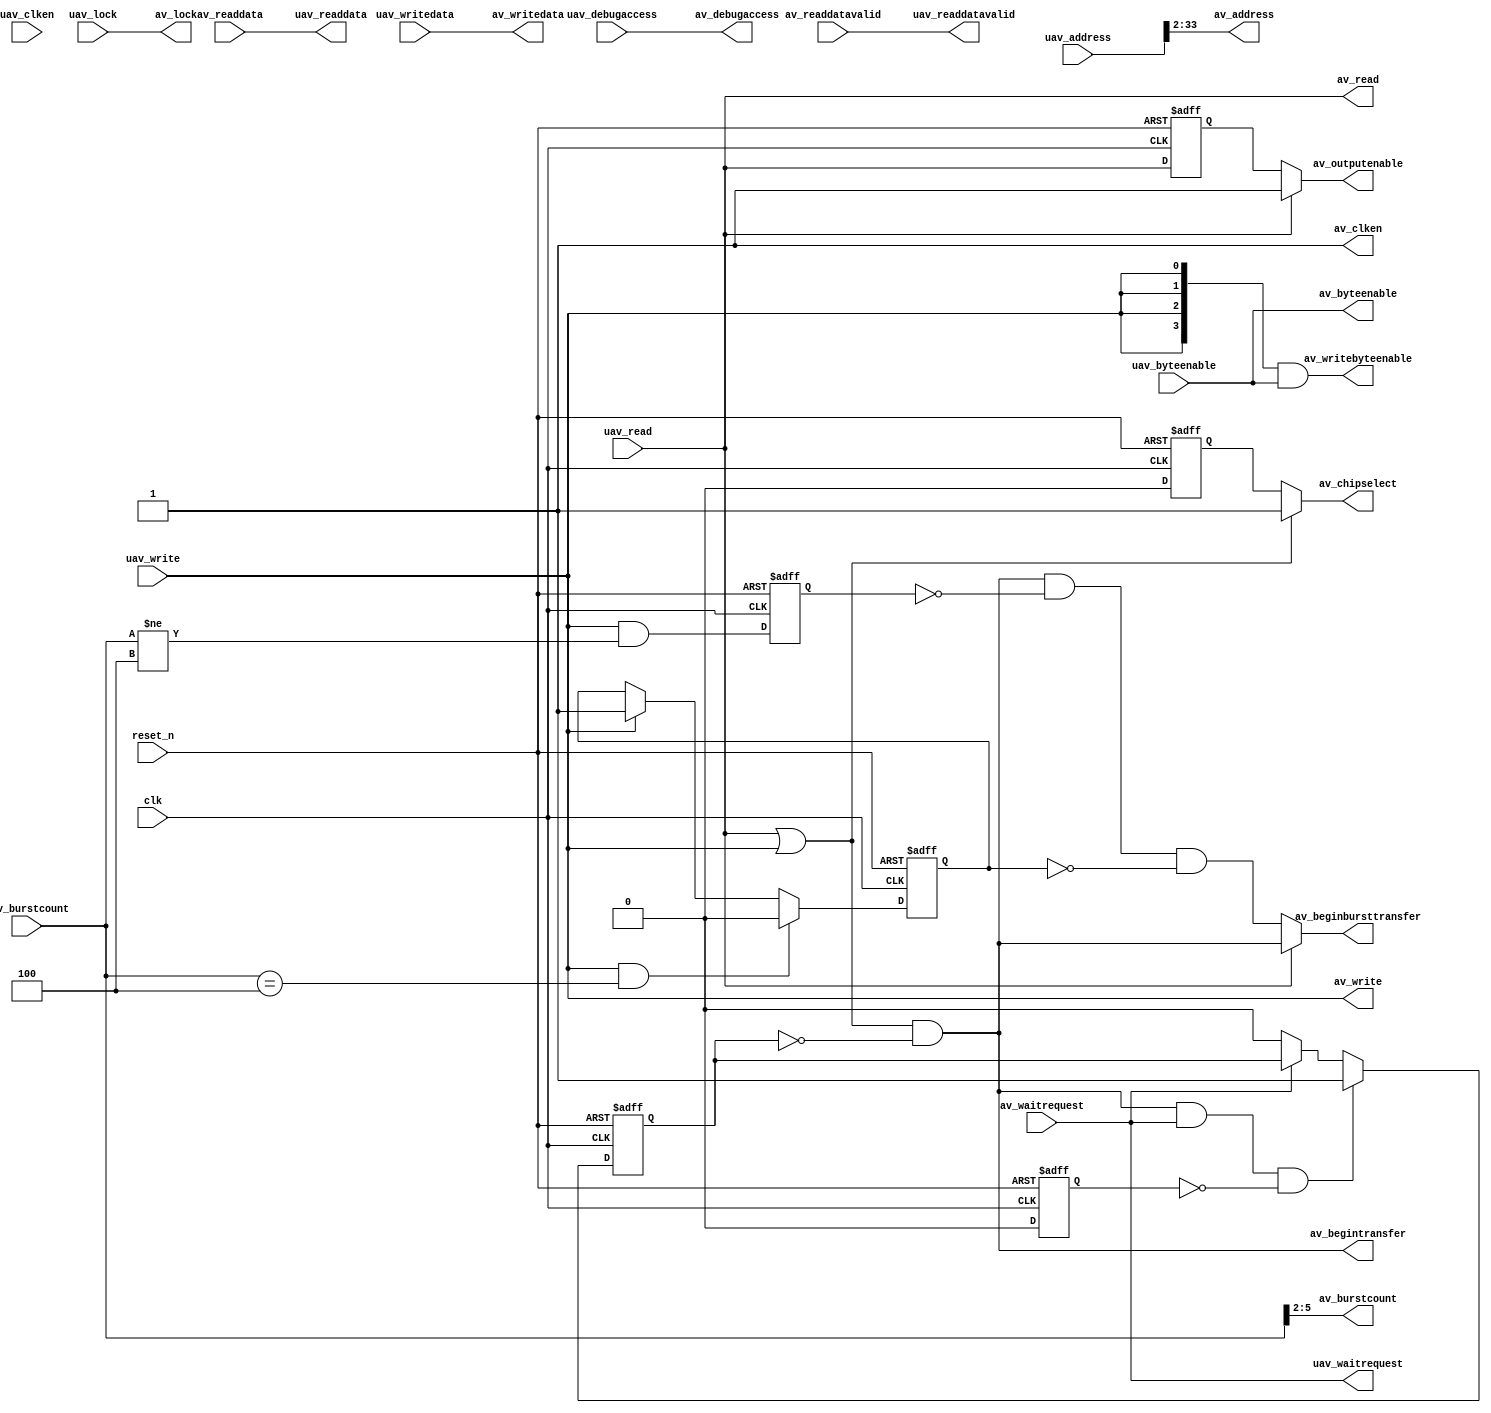
// (C) 2001-2018 Intel Corporation. All rights reserved.
// Your use of Intel Corporation's design tools, logic functions and other 
// software and tools, and its AMPP partner logic functions, and any output 
// files from any of the foregoing (including device programming or simulation 
// files), and any associated documentation or information are expressly subject 
// to the terms and conditions of the Intel Program License Subscription 
// Agreement, Intel FPGA IP License Agreement, or other applicable 
// license agreement, including, without limitation, that your use is for the 
// sole purpose of programming logic devices manufactured by Intel and sold by 
// Intel or its authorized distributors.  Please refer to the applicable 
// agreement for further details.


// (C) 2001-2011 Altera Corporation. All rights reserved.
// Your use of Altera Corporation's design tools, logic functions and other 
// software and tools, and its AMPP partner logic functions, and any output 
// files any of the foregoing (including device programming or simulation 
// files), and any associated documentation or information are expressly subject 
// to the terms and conditions of the Altera Program License Subscription 
// Agreement, Altera MegaCore Function License Agreement, or other applicable 
// license agreement, including, without limitation, that your use is for the 
// sole purpose of programming logic devices manufactured by Altera and sold by 
// Altera or its authorized distributors.  Please refer to the applicable 
// agreement for further details.



// $Id: //acds/rel/11.1/ip/merlin/seq_altera_merlin_slave_translator/seq_altera_merlin_slave_translator.sv#1 $
// $Revision: #1 $
// $Date: 2011/08/15 $
// $Author: max $

// -------------------------------------
// Merlin Slave Translator
//
// Translates Universal Avalon  MM Slave
// to any Avalon MM Slave
// -------------------------------------
//
//Notable Note: 0 AV_READLATENCY is not allowed and will be converted to a 1 cycle readlatency in all cases but one
//If you declare a slave with fixed read timing requirements, the readlatency of such a slave will be allowed to be zero
//The key feature here is that no same cycle turnaround data is processed through the fabric.

//import avalon_utilities_pkg::*;
  
`timescale 1 ns / 1 ns

module seq_altera_merlin_slave_translator
  #(
    parameter
    //Widths
    AV_ADDRESS_W           = 32,
    AV_DATA_W              = 32,
    AV_BURSTCOUNT_W        = 4,
    AV_BYTEENABLE_W        = 4,
    UAV_BYTEENABLE_W       = 4,
    
    //Read Latency
    AV_READLATENCY          = 1,
    
    //Timing
    AV_READ_WAIT_CYCLES     = 0,
    AV_WRITE_WAIT_CYCLES    = 0,
    AV_SETUP_WAIT_CYCLES    = 0,
    AV_DATA_HOLD_CYCLES     = 0,
    
    //Optional Port Declarations
    USE_READDATAVALID       = 1,
    USE_WAITREQUEST         = 1,

    //Variable Addressing
    AV_SYMBOLS_PER_WORD     = 4,
    AV_ADDRESS_SYMBOLS      = 0,
    AV_BURSTCOUNT_SYMBOLS   = 0,
    BITS_PER_WORD           = clog2(AV_SYMBOLS_PER_WORD - 1),
    UAV_ADDRESS_W           = 38,
    UAV_BURSTCOUNT_W        = 10,
    UAV_DATA_W              = 32,
   
    AV_CONSTANT_BURST_BEHAVIOR       = 0,
    UAV_CONSTANT_BURST_BEHAVIOR      = 0,
    CHIPSELECT_THROUGH_READLATENCY   = 0,

    // Tightly-Coupled Options
    USE_UAV_CLKEN           = 0,
    AV_REQUIRE_UNALIGNED_ADDRESSES = 0
    )
  (

   // -------------------
   // Clock & Reset
   // -------------------
   input wire clk,
   input wire reset_n,
   
   // -------------------
   // Universal Avalon Slave
   // -------------------

    input wire [UAV_ADDRESS_W    - 1 : 0]    uav_address,
    input wire [UAV_DATA_W       - 1 : 0]    uav_writedata,
    input wire 				     uav_write,
    input wire 				     uav_read,
    input wire [UAV_BURSTCOUNT_W - 1 : 0]    uav_burstcount,
    input wire [UAV_BYTEENABLE_W - 1 : 0]    uav_byteenable,
    input wire 				     uav_lock,
    input wire                               uav_debugaccess,
    input wire                               uav_clken,
   
    output reg                             uav_readdatavalid,		//*** SV-to-V: 'logic=>reg ??? fixme? 
    output reg			     uav_waitrequest,		//*** SV-to-V: 'logic=>reg ??? fixme? 
    output reg[UAV_DATA_W - 1 : 0]         uav_readdata,		//*** SV-to-V: 'logic=>reg ??? fixme? 
   
   // -------------------
   // Customizable Avalon Master
   // -------------------
    output reg [AV_ADDRESS_W    - 1 : 0]   av_address,		//*** SV-to-V: 'logic=>reg ??? fixme? 
    output reg [AV_DATA_W       - 1 : 0]   av_writedata,		//*** SV-to-V: 'logic=>reg ??? fixme? 
    output reg 			     av_write,		//*** SV-to-V: 'logic=>reg ??? fixme? 
    output reg			     av_read,		//*** SV-to-V: 'logic=>reg ??? fixme? 
    output reg[AV_BURSTCOUNT_W - 1 : 0]    av_burstcount,		//*** SV-to-V: 'logic=>reg ??? fixme? 
    output reg[AV_BYTEENABLE_W - 1 : 0]    av_byteenable,		//*** SV-to-V: 'logic=>reg ??? fixme? 
    output reg[AV_BYTEENABLE_W - 1 : 0]    av_writebyteenable, 						     		//*** SV-to-V: 'logic=>reg ??? fixme? 
    output reg               		     av_begintransfer,		//*** SV-to-V: 'logic=>reg ??? fixme? 
    output wire 			     av_chipselect,
    output reg			     av_beginbursttransfer,     		//*** SV-to-V: 'logic=>reg ??? fixme? 
    output reg			     av_lock,		//*** SV-to-V: 'logic=>reg ??? fixme? 
    output wire                              av_clken,
    output wire                              av_debugaccess,
    output wire                              av_outputenable,
   
    input     [AV_DATA_W - 1 : 0] 	     av_readdata,		//*** SV-to-V: 'logic=>reg ??? fixme? 'input reg=>input 
    input                                  av_readdatavalid,		//*** SV-to-V: 'logic=>reg ??? fixme? 'input reg=>input 
    input     			     av_waitrequest		//*** SV-to-V: 'logic=>reg ??? fixme? 'input reg=>input 
   );

   function integer clog2;
      input [31:0] Depth;
      integer i;
      begin
         i = Depth;        
         for(clog2 = 0; i > 0; clog2 = clog2 + 1)
           i = i >> 1;
      end
 
   endfunction 

   function integer max;
      //returns the larger of two passed arguments
      input [31:0] one;
      input [31:0] two;
      
      if(one > two)
	max=one;
      else
	max=two;
   endfunction // int
   
   localparam 	   AV_READ_WAIT_INDEXED      = (AV_SETUP_WAIT_CYCLES + AV_READ_WAIT_CYCLES);
   localparam 	   AV_WRITE_WAIT_INDEXED     = (AV_SETUP_WAIT_CYCLES + AV_WRITE_WAIT_CYCLES);
   localparam 	   AV_DATA_HOLD_INDEXED      = (AV_WRITE_WAIT_INDEXED + AV_DATA_HOLD_CYCLES);
   localparam 	   LOG2_OF_LATENCY_SUM       = max(clog2(AV_READ_WAIT_INDEXED + 1),clog2(AV_DATA_HOLD_INDEXED + 1));
   localparam 	   BURSTCOUNT_SHIFT_SELECTOR = AV_BURSTCOUNT_SYMBOLS ? 0 : BITS_PER_WORD;
   localparam 	   ADDRESS_SHIFT_SELECTOR    = AV_ADDRESS_SYMBOLS ? 0 : BITS_PER_WORD;
   
   localparam      ADDRESS_HIGH              = ( UAV_ADDRESS_W > AV_ADDRESS_W + ADDRESS_SHIFT_SELECTOR ) ? 
		                                   AV_ADDRESS_W : 
                                                   UAV_ADDRESS_W - ADDRESS_SHIFT_SELECTOR;

   localparam      BURSTCOUNT_HIGH           = ( UAV_BURSTCOUNT_W > AV_BURSTCOUNT_W + BURSTCOUNT_SHIFT_SELECTOR ) ? 
		                                   AV_BURSTCOUNT_W : 
		                                   UAV_BURSTCOUNT_W - BURSTCOUNT_SHIFT_SELECTOR;
   localparam      BYTEENABLE_ADDRESS_BITS   = ( clog2(UAV_BYTEENABLE_W) - 1 ) >= 1 ? clog2(UAV_BYTEENABLE_W) - 1 : 1;
   

   // Calculate the symbols per word as the power of 2 extended symbols per word
   wire [31 : 0] symbols_per_word_int = 2**(clog2(AV_SYMBOLS_PER_WORD[UAV_BURSTCOUNT_W : 0] - 1));
   wire [UAV_BURSTCOUNT_W : 0] symbols_per_word = symbols_per_word_int[UAV_BURSTCOUNT_W : 0];
   
   // +--------------------------------
   // |Backwards Compatibility Signals
   // +--------------------------------
   assign av_clken = (USE_UAV_CLKEN) ? uav_clken : 1'b1;
   assign av_debugaccess = uav_debugaccess;

   // +-------------------
   // |Passthru Signals
   // +-------------------


   //-------------------------
   //Writedata and Byteenable
   //-------------------------

   always@* begin
      av_byteenable = 0;		//*** SV-to-V: '0=>0 
      av_byteenable = uav_byteenable[AV_BYTEENABLE_W - 1 : 0];
   end

   always@* begin
      av_writedata = 0;		//*** SV-to-V: '0=>0 
      av_writedata = uav_writedata[AV_DATA_W - 1 : 0];
   end

   // +-------------------
   // |Calculated Signals
   // +-------------------

   reg [UAV_ADDRESS_W - 1 : 0 ] real_uav_address;		//*** SV-to-V: 'logic=>reg ??? fixme? 

   function [BYTEENABLE_ADDRESS_BITS - 1 : 0 ] decode_byteenable;
      input [UAV_BYTEENABLE_W - 1 : 0 ] byteenable;
      integer i;

      begin      
          for(i = UAV_BYTEENABLE_W - 1; (byteenable[i] == 1'b0 && i >= 0); i = i - 1) begin		//PN  --change from SV to Verilog
          end

          decode_byteenable = i;
      end
   endfunction
   	    
   reg [AV_BURSTCOUNT_W - 1 : 0]  burstcount_reg;
   reg [AV_ADDRESS_W    - 1 : 0]  address_reg;
   
   
   always@(posedge clk, negedge reset_n) begin
      if(~reset_n) begin
	 burstcount_reg <= 0;		//*** SV-to-V: '0=>0 
	 address_reg    <= 0;		//*** SV-to-V: '0=>0 
      end
      else begin	       
	 burstcount_reg <= burstcount_reg;
	 address_reg    <= address_reg;
	 
	 if(av_beginbursttransfer) begin
	    burstcount_reg <= uav_burstcount [BURSTCOUNT_HIGH - 1 + BURSTCOUNT_SHIFT_SELECTOR : BURSTCOUNT_SHIFT_SELECTOR ];
	    address_reg    <= real_uav_address    [ADDRESS_HIGH    - 1 + ADDRESS_SHIFT_SELECTOR    : ADDRESS_SHIFT_SELECTOR    ];

	 end
      end
   end 


   reg [BYTEENABLE_ADDRESS_BITS-1:0] temp_wire;		//*** SV-to-V: 'logic=>reg ??? fixme? 
   
   always@* begin
      if( AV_REQUIRE_UNALIGNED_ADDRESSES == 1) begin
	 temp_wire = decode_byteenable(uav_byteenable);
	 
	 real_uav_address = { uav_address[UAV_ADDRESS_W - 1 : BYTEENABLE_ADDRESS_BITS ], temp_wire[BYTEENABLE_ADDRESS_BITS - 1 : 0 ] };
      end
      else begin
	 real_uav_address = uav_address;
      end
      
      av_address = real_uav_address[ADDRESS_HIGH - 1  + ADDRESS_SHIFT_SELECTOR : ADDRESS_SHIFT_SELECTOR ];
      
      if( AV_CONSTANT_BURST_BEHAVIOR && !UAV_CONSTANT_BURST_BEHAVIOR && ~av_beginbursttransfer )
	av_address = address_reg;
   end
   
   always@* begin
      av_burstcount=uav_burstcount[BURSTCOUNT_HIGH - 1 + BURSTCOUNT_SHIFT_SELECTOR : BURSTCOUNT_SHIFT_SELECTOR ];
      
      if( AV_CONSTANT_BURST_BEHAVIOR && !UAV_CONSTANT_BURST_BEHAVIOR && ~av_beginbursttransfer )
	av_burstcount = burstcount_reg;
   end
   
   always@* begin
	av_lock = uav_lock;
   end
   
   // -------------------
   // Writebyteenable Assignment
   // -------------------
   
always@* begin
      av_writebyteenable = { (AV_BYTEENABLE_W){uav_write} } & uav_byteenable[AV_BYTEENABLE_W - 1 : 0];
end
   
   // -------------------
   // Waitrequest Assignment
   // -------------------

   reg 	     av_waitrequest_generated; 		  
   reg 	     av_waitrequest_generated_read;
   reg 	     av_waitrequest_generated_write;
   reg       waitrequest_reset_override;
      
   reg [ ( LOG2_OF_LATENCY_SUM ? LOG2_OF_LATENCY_SUM - 1 : 0 ) : 0 ] wait_latency_counter;

   always@(negedge reset_n, posedge clk) begin
      
      if(~reset_n) begin
	 wait_latency_counter <= 0;		//*** SV-to-V: '0=>0 
	 waitrequest_reset_override <= 1'h1;
      end
      else begin
	 waitrequest_reset_override <= 1'h0;
	 
	 wait_latency_counter <= 0;		//*** SV-to-V: '0=>0 
	 	 	 
	 if( uav_read | uav_write )
	   wait_latency_counter <= wait_latency_counter + 1'h1;

	 if( ~uav_waitrequest | waitrequest_reset_override )
	   wait_latency_counter <= 0;		//*** SV-to-V: '0=>0 
	 
      end
      
   end
	  

   always @* begin

      av_read    = uav_read;
      av_write   = uav_write;
	 
      av_waitrequest_generated       = 1'h1;
      av_waitrequest_generated_read  = 1'h1;
      av_waitrequest_generated_write = 1'h1;
      
      if(LOG2_OF_LATENCY_SUM == 1)
	av_waitrequest_generated = 0;
      
      if(LOG2_OF_LATENCY_SUM > 1 && !USE_WAITREQUEST) begin
	 av_read  = wait_latency_counter >= AV_SETUP_WAIT_CYCLES && uav_read;
       	 av_write = wait_latency_counter >= AV_SETUP_WAIT_CYCLES && uav_write && wait_latency_counter <= AV_WRITE_WAIT_INDEXED;
       	 
	 av_waitrequest_generated_read  = wait_latency_counter != AV_READ_WAIT_INDEXED;
       	 av_waitrequest_generated_write  = wait_latency_counter != AV_DATA_HOLD_INDEXED;
	 
	 if(uav_write)
	   av_waitrequest_generated = av_waitrequest_generated_write;
	 else
	   av_waitrequest_generated = av_waitrequest_generated_read;
	 
      end
      
      if(USE_WAITREQUEST) begin
	 uav_waitrequest = av_waitrequest;
      end
      else begin
	 uav_waitrequest = av_waitrequest_generated | waitrequest_reset_override;
      end
   
   end

   // --------------
   // Readdata Assignment
   // --------------
   
   reg[(AV_DATA_W ? AV_DATA_W -1 : 0 ): 0]      	av_readdata_pre;

   always@(posedge clk, negedge reset_n) begin
      if(~reset_n)
	av_readdata_pre <= 'b0;
      else
	av_readdata_pre <= av_readdata;
   end

   always@* begin
      uav_readdata = 0;		//*** SV-to-V: '0=>0 
      
      if( AV_READLATENCY != 0  || USE_READDATAVALID ) begin
	 uav_readdata = av_readdata;
      end 
      else begin
	 uav_readdata = av_readdata_pre;
      end
   end
   // -------------------
   // Readdatavalid Assigment
   // -------------------

   reg[(AV_READLATENCY>0 ? AV_READLATENCY-1:0) :0]      read_latency_shift_reg;
   reg 							top_read_latency_shift_reg;


   
   always@* begin

      uav_readdatavalid=top_read_latency_shift_reg;
      
      if(USE_READDATAVALID) begin
	 uav_readdatavalid = av_readdatavalid;
      end
 
   end

   always@* begin
      
      top_read_latency_shift_reg = uav_read & ~uav_waitrequest & ~waitrequest_reset_override;

      if(AV_READLATENCY == 1 || AV_READLATENCY == 0 ) begin
	 top_read_latency_shift_reg=read_latency_shift_reg; 
      end
      
      if (AV_READLATENCY > 1) begin
	 top_read_latency_shift_reg = read_latency_shift_reg[(AV_READLATENCY ? AV_READLATENCY-1 : 0)];
      end
      
   end

	integer i;   
   always@(negedge reset_n, posedge clk) begin
      
      if (~reset_n) begin  
	 read_latency_shift_reg <= 0;		//*** SV-to-V: '0=>0 
      end
      else if (av_clken) begin
	 
	 read_latency_shift_reg <= uav_read && ~uav_waitrequest & ~waitrequest_reset_override;

	 for (i=0; i+1 < AV_READLATENCY ; i=i+1 ) begin		//*** SV-to-V: '++=>??? FIXED
	    read_latency_shift_reg[i+1] <= read_latency_shift_reg[i];
	 end
	 
      end
      
   end

   // ------------
   // Chipselect and OutputEnable
   // ------------

   reg   	   av_chipselect_pre;
   wire            cs_extension;
   reg 		   av_outputenable_pre;
   
   
   assign 	   av_chipselect  = (uav_read | uav_write) ? 1'b1 : av_chipselect_pre;
   assign          cs_extension = ( (^ read_latency_shift_reg) & ~top_read_latency_shift_reg ) | ((| read_latency_shift_reg) & ~(^ read_latency_shift_reg));

   assign 	   av_outputenable = uav_read ? 1'b1 : av_outputenable_pre;
   
   always@(negedge reset_n, posedge clk) begin
      if(~reset_n)
	 av_outputenable_pre <= 1'b0;
      else if( AV_READLATENCY == 0  && AV_READ_WAIT_INDEXED != 0 )
	 av_outputenable_pre <= 0;
      else
	 av_outputenable_pre <= cs_extension | uav_read;
   end
   
   always@(negedge reset_n, posedge clk) begin
      if(~reset_n) begin
	 av_chipselect_pre  <= 1'b0;
      end
      else begin
	 av_chipselect_pre  <= 1'b0;
	 
	 if(AV_READLATENCY != 0 && CHIPSELECT_THROUGH_READLATENCY == 1) begin      
	    //The AV_READLATENCY term is only here to prevent chipselect from remaining asserted while read and write fall.
	    //There is no functional impact as 0 cycle transactions are treated as 1 cycle on the other side of the translator.
	    if(uav_read) begin  
	       av_chipselect_pre <= 1'b1;
	    end
	    else if(cs_extension == 1) begin
	       av_chipselect_pre <= 1'b1;
	    end
	    
	 end
      end
   end

   // -------------------
   // Begintransfer Assigment
   // -------------------
    		   
   reg       end_begintransfer;
   
   always@* begin
	 av_begintransfer = ( uav_write | uav_read ) & ~end_begintransfer;
   end
   
   always@ ( posedge clk or negedge reset_n ) begin
      
      if(~reset_n) begin
	 end_begintransfer <= 1'b0;
      end 
      else begin
	 
	 if(av_begintransfer == 1 && uav_waitrequest && ~waitrequest_reset_override)
	   end_begintransfer <= 1'b1;
	 else if(uav_waitrequest) 
	   end_begintransfer <= end_begintransfer;
	 else 
	   end_begintransfer <= 1'b0;
	 
      end
      
   end
   
   // -------------------
   // Beginbursttransfer Assigment
   // -------------------
   
   reg 							end_beginbursttransfer;
   reg 							in_transfer;
   
   
   
   always@* begin
	 av_beginbursttransfer = uav_read ? av_begintransfer : (av_begintransfer && ~end_beginbursttransfer && ~in_transfer);
   end   
   
   always@ ( posedge clk or negedge reset_n ) begin
      if(~reset_n) begin
	 end_beginbursttransfer <= 1'b0;
	 in_transfer <= 1'b0;
      end
      else begin
	 
	 end_beginbursttransfer <= uav_write & ( uav_burstcount != symbols_per_word );

	 if(uav_write && uav_burstcount == symbols_per_word)
	   in_transfer <=1'b0;
	 else if(uav_write)
	   in_transfer <=1'b1;
	 
      end
      
   end	
   
endmodule